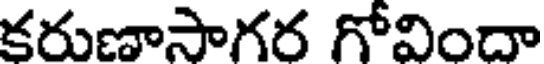
కరుణాసాగర గోవిందా